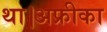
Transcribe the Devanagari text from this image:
था।अफ्रीका